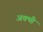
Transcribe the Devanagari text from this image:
अक्थी